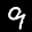
Label: 9